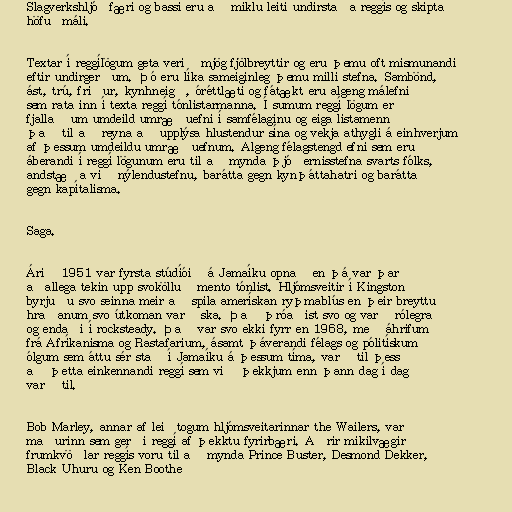
Slagverkshljóðfæri og bassi eru að miklu leiti undirstaða reggís og skipta
höfuðmáli.

Textar í reggílögum geta verið mjög fjölbreyttir og eru þemu oft mismunandi
eftir undirgerðum. Þó eru líka sameiginleg þemu milli stefna. Sambönd,
ást, trú, friður, kynhneigð, óréttlæti og fátækt eru algeng málefni
sem rata inn í texta reggí tónlistarmanna. Í sumum reggí lögum er
fjallað um umdeild umræðuefni í samfélaginu og eiga listamenn
það til að reyna að upplýsa hlustendur sína og vekja athygli á einhverjum
af þessum umdeildu umræðuefnum. Algeng félagstengd efni sem eru
áberandi í reggí lögunum eru til að mynda þjóðernisstefna svarts fólks,
andstæða við nýlendustefnu, barátta gegn kynþáttahatri og barátta
gegn kapítalisma.

Saga.

Árið 1951 var fyrsta stúdíóið á Jamaíku opnað en þá var þar
aðallega tekin upp svokölluð mento tónlist. Hljómsveitir í Kingston
byrjuðu svo seinna meir að spila amerískan ryþmablús en þeir breyttu
hraðanum svo útkoman varð ska. Það þróaðist svo og varð rólegra
og endaði í rocksteady. Það var svo ekki fyrr en 1968, með áhrifum
frá Afríkanisma og Rastafarium, ásamt þáverandi félags og pólitískum
ólgum sem áttu sér stað í Jamaíku á þessum tíma, varð til þess
að þetta einkennandi reggí sem við þekkjum enn þann dag í dag
varð til.

Bob Marley, annar af leiðtogum hljómsveitarinnar the Wailers, var
maðurinn sem gerði reggí af þekktu fyrirbæri. Aðrir mikilvægir
frumkvöðlar reggís voru til að mynda Prince Buster, Desmond Dekker,
Black Uhuru og Ken Boothe